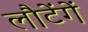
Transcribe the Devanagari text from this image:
लौटेंगें